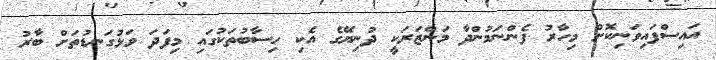
އައިސްފައިވަނިކޮށް މިހާރު ފެންނަމުންދާ މަންޒަރަކީ ދުނިޔޭގެ އެކި ހިސާބުތަކުގައި މިފަދަ ވަޅުގަނޑުތަށް ބާރު